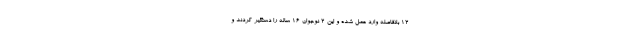
۱۲ بلافاصله وارد عمل شده و این ۲ نوجوان ۱۶ ساله را دستگیر کردند و